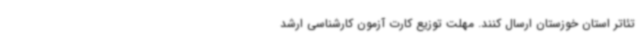
تئاتر استان خوزستان ارسال کنند. مهلت توزیع کارت آزمون کارشناسی ارشد